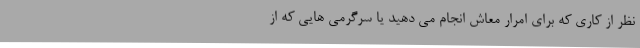
نظر از کاری که برای امرار معاش انجام می دهید یا سرگرمی هایی که از